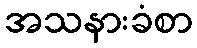
အသနားခံစာ